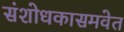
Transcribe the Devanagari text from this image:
संशोधकासमवेत